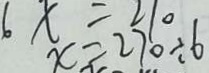
x = 2 7 0 \div 6